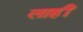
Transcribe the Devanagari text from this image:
लाहीं